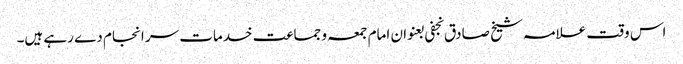
اس وقت علامہ شیخ صادق نجفی بعنوان امام جمعہ و جماعت خدمات سر انجام دے رہے ہیں۔